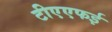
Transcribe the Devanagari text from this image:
टीएएफई